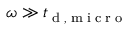
\omega \gg { t } _ { \tiny { \mathrm { ~ d ~ , ~ m ~ i ~ c ~ r ~ o ~ } } }